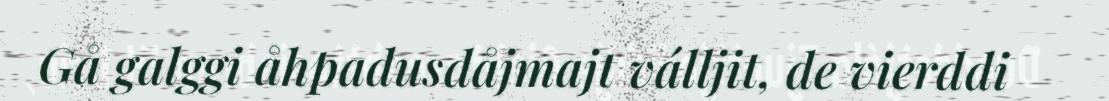
Gå galggi åhpadusdåjmajt válljit, de vierddi